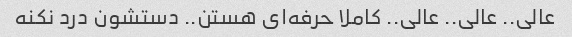
عالی.. عالی.. عالی.. کاملا حرفه‌ای هستن.. دستشون درد نکنه